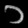
Digit: ၁